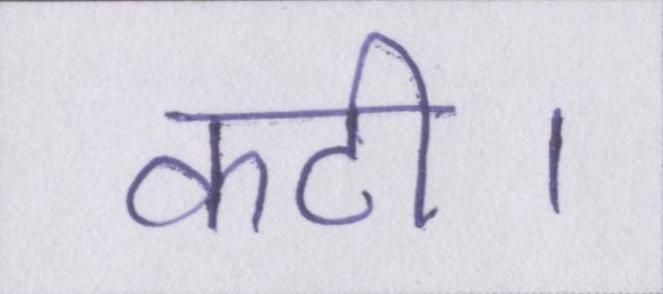
कटी।